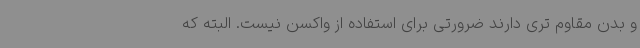
و بدن مقاوم تری دارند ضرورتی برای استفاده از واکسن نیست. البته که